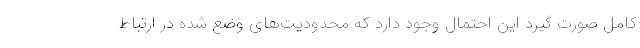
کامل صورت گیرد این احتمال وجود دارد که محدودیت‌های وضع شده در ارتباط